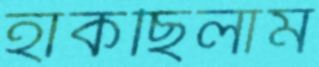
হাঁকছিলাম